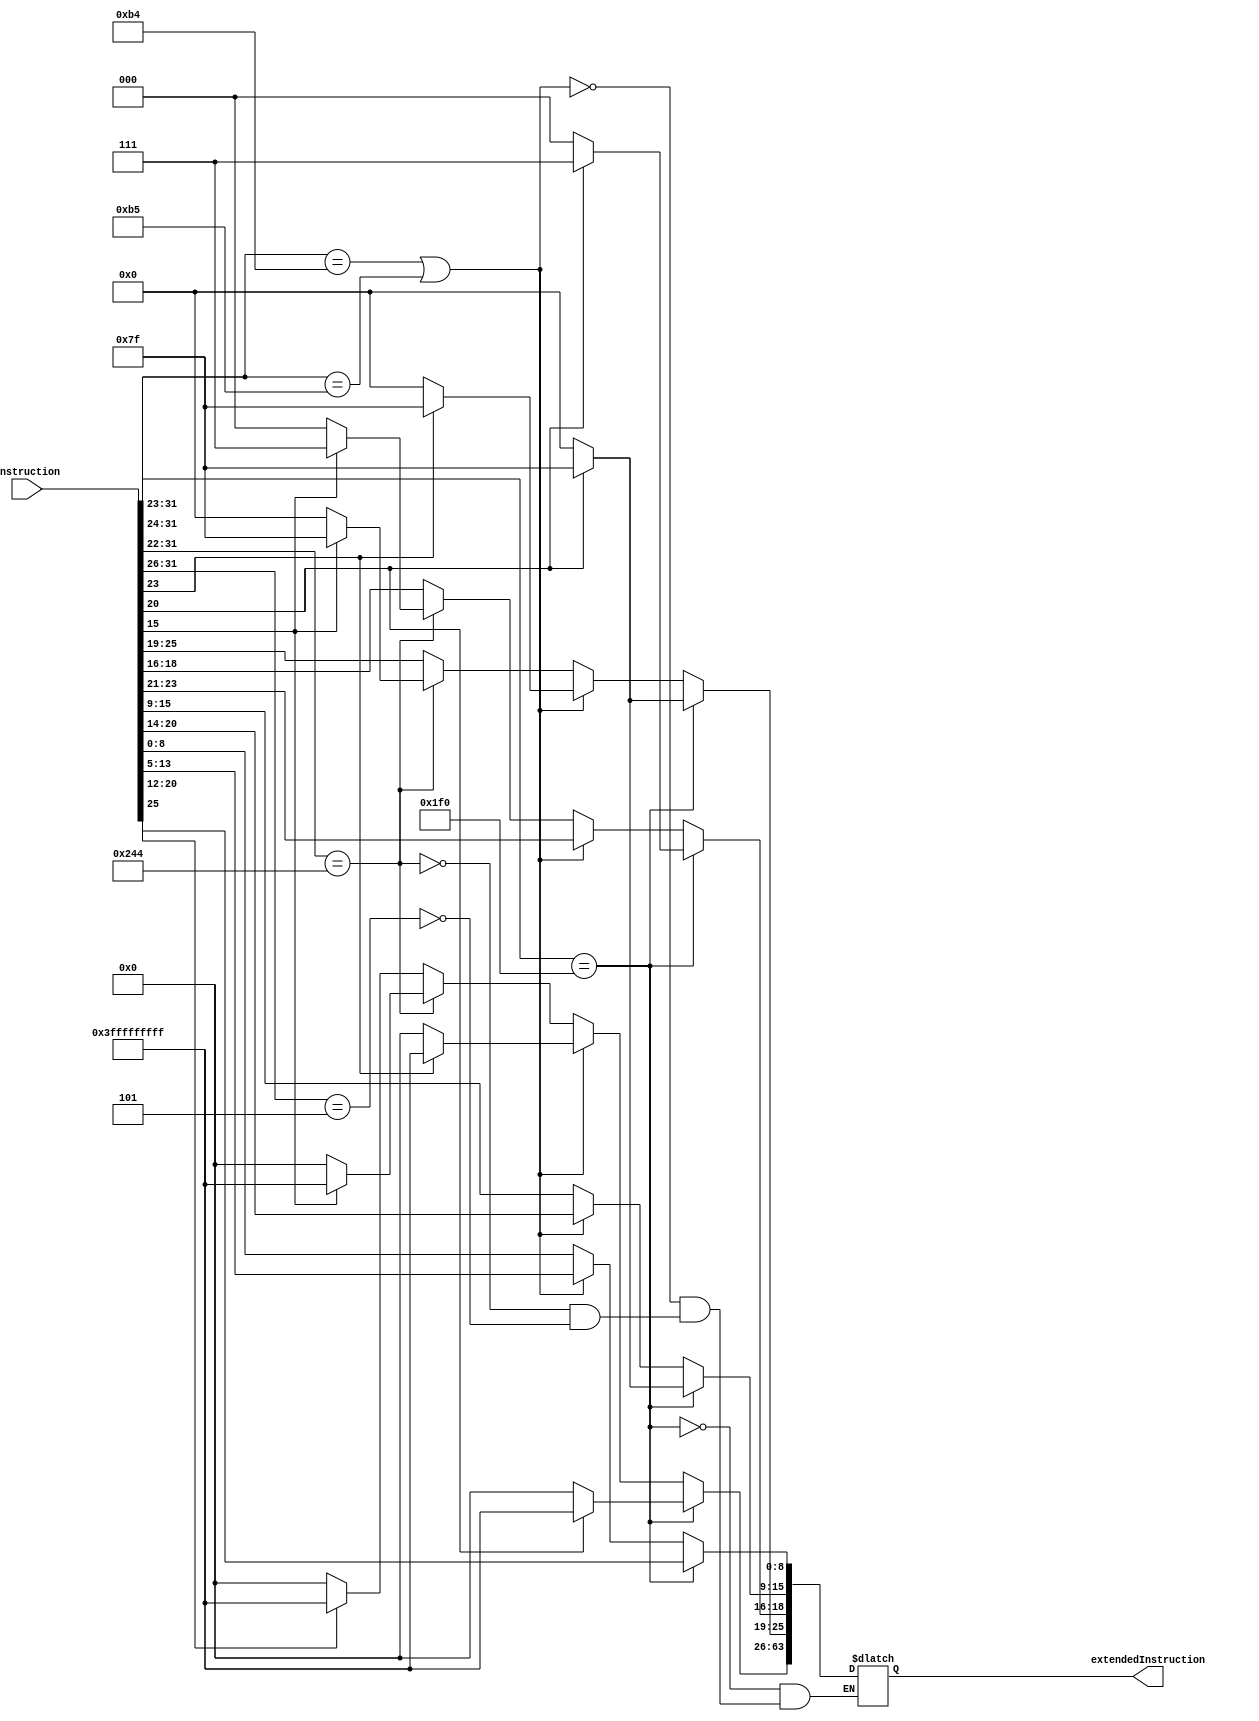
module Sign_Extend (instruction, extendedInstruction);
  
  input [31:0] instruction; 
  output reg [63:0] extendedInstruction; 

  
	


//The unconditional branch instruction looks like a branch instruction with a longer offset 
//but it is not conditional. Like a branch, the low-order 2 bits of a branch address are always
//00two. The next 26 bits of this 64-bit address come from the 26-bit immediate field in the 
//instruction and then are sign extended. Thus, we can implement a branch
//by storing into the PC sum of the PC and the sign extended and shifted 26-bit offset.



  always @(instruction) begin
//Since the input is all 32 bits of the instruction, it can use the opcode bits of
//the instruction to select the proper field.

	if (instruction[31:23] == 9'b111110000) // LDUR or STUR
		begin
			if(instruction[20]) //ve o sinal (porque eh o bit de sinal)
				begin
					extendedInstruction[8:0] <= instruction[20:12]; //pega o 'Adress' do LDUR e do STUR e preenche o vetor (extendedInstruction) com os 9 dados de bit dele.

					extendedInstruction[63:9] <= {55{1'b1}}; //Se a posicao 20 for 1, ele preenche os bits restantes com 1 (que eh oq o sign extend diz pra fazer)
				end
			else
				begin 
					extendedInstruction[8:0] <= instruction[20:12]; // repete o processo de cima em baixo
			        	extendedInstruction[63:9] <= {55{1'b0}};
				end
		end
	else
		begin
			if(instruction[31:24] == 8'b10110100 || instruction[31:24] == 8'b10110101) // CBZ (esse ta correto), or CBNZ(esse nao faco a minima ideia)
				begin
					if(instruction[23])
						begin
							extendedInstruction[18:0] <= instruction[23:5]; //a 19-bit field (bits 23:5) for the conditional branch. Porque nao eh 23:5 no codigo?

							extendedInstruction[63:19] <= {45{1'b1}};
						end
					else
						begin 
							 extendedInstruction[18:0] <= instruction[23:5]; //botei pra seguir a mesma linha porque ele tava pegando do bit 10 ao 24.

							 extendedInstruction[63:19] <= {45{1'b0}};
						end
				end
			else
				if(instruction[31:22] == 10'b1001000100) // ADDI eh um I-type (sign extend nao eh necessario para R-type) ver o Immediate

					begin
						if(instruction[15])
							begin
								 extendedInstruction[15:0] <= instruction[15:0]; // tava sendo [11:0] e [21:10]
								 extendedInstruction[63:16] <= {48{1'b1}};  //tava sendo [63:12] e 52 bits
							end
						else
							begin 
								 extendedInstruction[15:0] <= instruction[15:0];
								 extendedInstruction[63:16] <= {48{1'b0}};
							end
					end
				else
					begin
						if(instruction[31:26] == 6'b000101) // B (nao achei da onde ele tirou esse valor pra B)
							begin
	        //LEGv8 opcode bit 26 happens to be 0 for data transfer instructions and 1 for conditional branch

								if(instruction[25]) //  se o bit 26 do opcode for 1 para bit condicionais
									begin
										 extendedInstruction[25:0] <= instruction[25:0];
										 extendedInstruction[63:26] <= {38{1'b1}};
									end
								else
									begin 
										 extendedInstruction[25:0] <= instruction[25:0];
										 extendedInstruction[63:26] <= {38{1'b0}};
									end
							end
					end
		end
	end 
endmodule